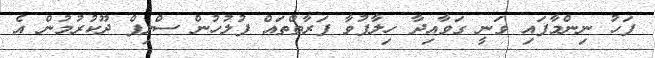
ފަހު ނިންމާފައި ވަނީ ގަވާއިދާ ހިލާފުވާ ފަރާތްތައް ފުލުހުން ސްލިޕް ދޫކުރުމުން އެ